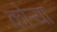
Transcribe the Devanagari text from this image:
कोऱ्‍या